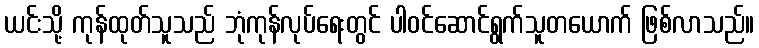
ယင်းသို့ ကုန်ထုတ်သူသည် ဘုံကုန်လုပ်ရေးတွင် ပါဝင်ဆောင်ရွက်သူတယောက် ဖြစ်လာသည်။